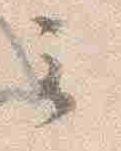
云